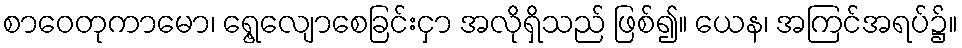
စာဝေတုကာမော၊ ရွေ့လျောစေခြင်းငှာ အလိုရှိသည် ဖြစ်၍။ ယေန၊ အကြင်အရပ်၌။